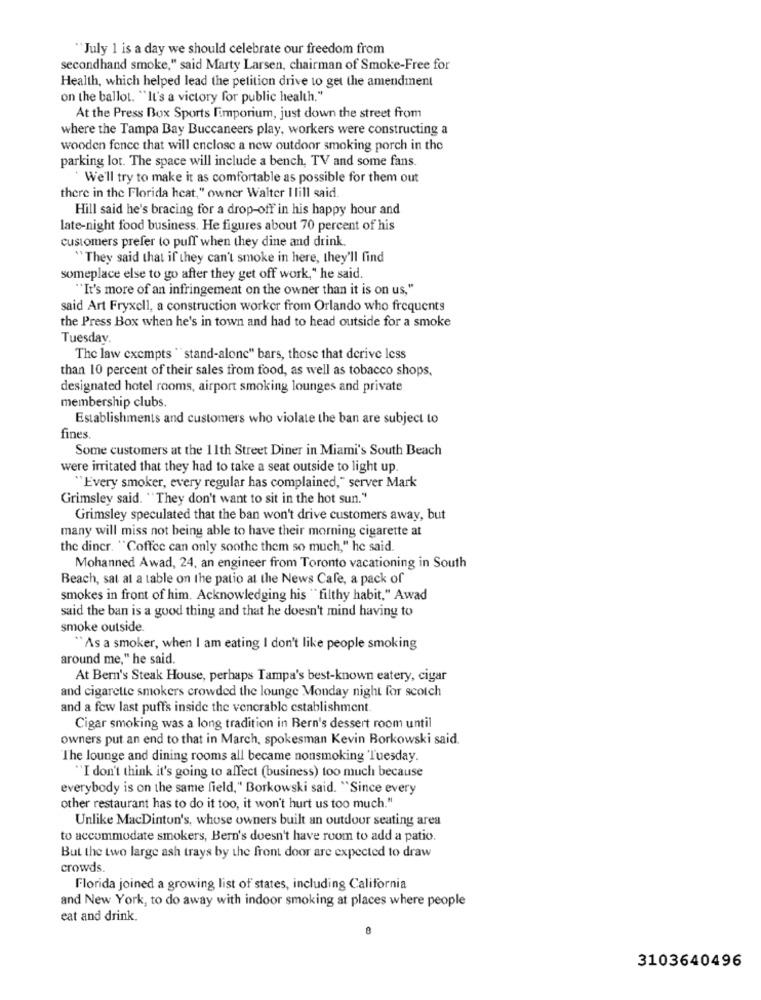
"July 1 is a day we should celebrate our freedom from
secondhand smoke," said Marty Larsen, chairman of Smoke-Free for
Health, which helped lead the petition drive to get the amendment
on the ballot. "It's a victory for public health,"
At the Press Box Sports Fimporium, just down the street from
where the Tampa Bay Buccaneers play, workers were constructing a
wooden fence that will enclose a new outdoor smoking porch in the
parking lot. The space will include a bench, TV and some fans.
We'll try to make it as comfortable as possible for them out
there in the Florida heat," owner Walter I lill said.
Hill said he's bracing for a drop-off in his happy hour and
late-night food business. He figures about 70 percent of his
customers prefer to puff when they dine and drink.
"They said that if they can't smoke in here, they'll find
someplace else to go after they get off work," he said.
"It's more of an infringement on the owner than it is on us,"
said Art Fryxell, a construction worker from Orlando who frequents
the Press Box when he's in town and had to head outside for a smoke
Tuesday.
The law exempts "stand-alone" bars, those that derive less
than 10 percent of their sales from food, as well as tobacco shops,
designated hotel rooms, airport smoking lounges and private
membership clubs.
Establishments and customers who violate the ban are subject to
fines.
Some customers at the 11th Street Diner in Miami's South Beach
were irritated that they had to take a seat outside to light up.
"Every smoker, every regular has complained," server Mark
Grimsley said. "They don't want to sit in the hot sun."
Grimsley speculated that the ban won't drive customers away, but
many will miss not being able to have their morning cigarette at
the diner. "Coffee can only soothe them so much," he said.
Mohanned Awad, 24, an engineer from Toronto vacationing in South
Beach, sat at a table on the patio at the News Cafe, a pack of
smokes in front of him. Acknowledging his "filthy habit," Awad
said the ban is a good thing and that he doesn't mind having to
smoke outside.
As a smoker, when I am eating I don't like people smoking
around me," he said.
At Bern's Steak House, perhaps Tampa's best-known eatery, cigar
and cigarette smokers crowded the lounge Monday night for scotch
and a few last puffs inside the venerable establishment
Cigar smoking was a long tradition in Bern's dessert room until
owners put an end to that in March, spokesman Kevin Borkowski said
The lounge and dining rooms all became nonsmoking Tuesday.
"I don't think it's going to affect (business) too much because
everybody is on the same field," Borkowski said. "Since every
other restaurant has to do it too, it won't hurt us too much."
Unlike MacDinton's, whose owners built an outdoor seating area
to accommodate smokers, Bern's doesn't have room to add a patio.
But the two large ash trays by the front door are expected to draw
crowds.
Florida joined a growing list of states, including California
and New York, to do away with indoor smoking at places where people
eat and drink.
3103640496